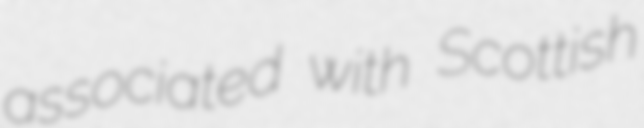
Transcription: associated with Scottish